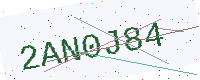
Text: 2AN0J84